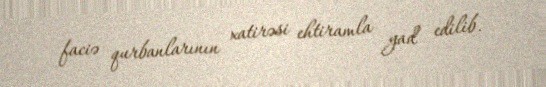
faciə qurbanlarının xatirəsi ehtiramla yad edilib.